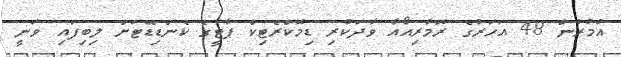
އުމުރުން 48 އަހަރުގެ ރޮމާރިއޯއާ ވާދަކުރި ޑިމޮކްރެޓިކް ޕާޓީގެ ކެންޑިޑޭޓަށް ލިބިފައި ވަނީ